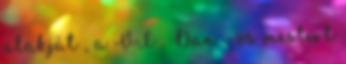
alakját , a VI . Dan - os mestert